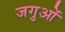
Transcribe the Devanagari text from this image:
जगुओं